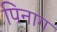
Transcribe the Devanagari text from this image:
पिनाग